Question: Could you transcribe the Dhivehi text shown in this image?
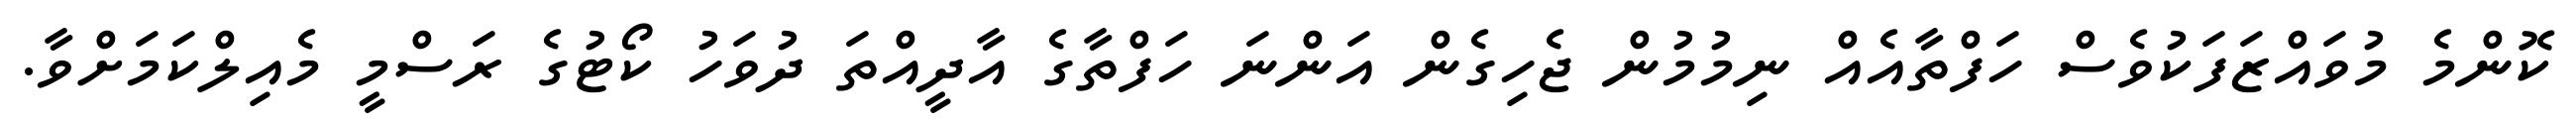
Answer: ކޮންމެ މުވައްޒަފަކުވެސް ހަފްތާއެއް ނިމުމުން ޖެހިގެން އަންނަ ހަފްތާގެ އާދީއްތަ ދުވަހު ކޯޓުގެ ރަސްމީ މެއިލްކަމަށްވާ.